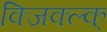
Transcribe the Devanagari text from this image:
क्जिक्ल्क्